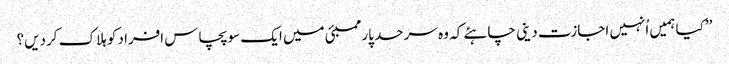
’’کیا ہمیں اُنہیں اجازت دینی چاہئے کہ وہ سرحد پار ممبئی میں ایک سو پچاس افراد کو ہلاک کردیں؟